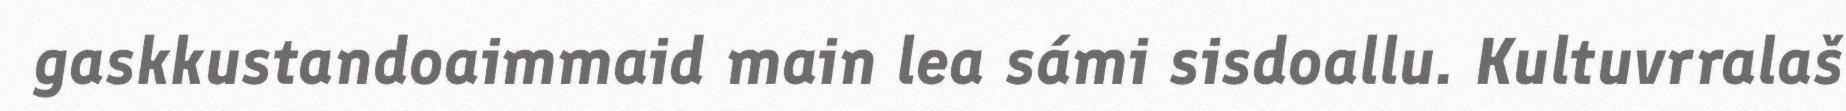
gaskkustandoaimmaid main lea sámi sisdoallu. Kultuvrralaš